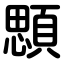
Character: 顋